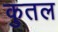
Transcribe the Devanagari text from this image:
कुतल